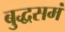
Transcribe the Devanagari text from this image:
बुद्धसमं